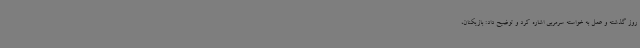
روز گذشته و عمل به خواسته سرمربی اشاره کرد و توضیح داد: بازیکنان،